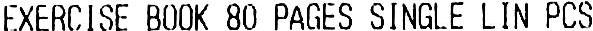
EXERCISE BOOK 80 PAGES SINGLE LIN PCS